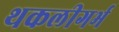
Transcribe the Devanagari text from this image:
थकलीगर्भ